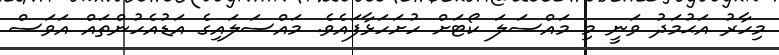
މިހާރު އަޙުމަދު ވަނީ މި މައްސަލަ ކޯޓަށް ހުށަހަޅާފައެވެ. މައްސަލައިގެ އަޑުއެހުންތައް އަވަސް